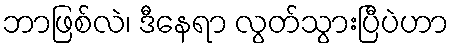
ဘာဖြစ်လဲ၊ ဒီနေရာ လွတ်သွားပြီပဲဟာ